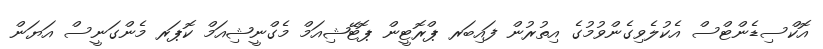
އޮކްސިޑެންޓްސް އެކުލެވިގެންވުމުގެ އިތުރުން ފައިބަރ ޕްރޮޓީން ޕޮޓޭޝިއަމް މެގްނީޝިއަމް ކޮޕަރ މެންގަނީސް އަޔަން